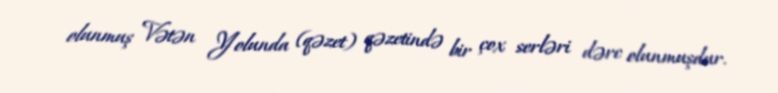
olunmuş Vətən Yolunda (qəzet) qəzetində bir çox serləri dərc olunmuşdur.